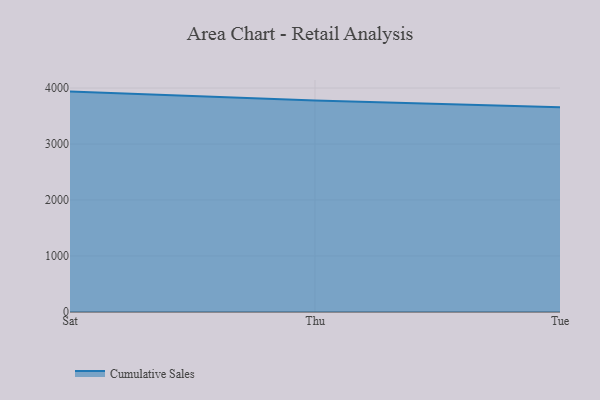
{"axis": {"x": "Day", "y": "Tickets Resolved"}, "legend": ["Cumulative Sales"], "data": [{"x": "Sat", "y": 3936.2, "type": "Cumulative Sales"}, {"x": "Thu", "y": 3775.6, "type": "Cumulative Sales"}, {"x": "Tue", "y": 3657.2, "type": "Cumulative Sales"}]}